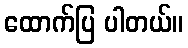
ထောက်ပြ ပါတယ်။